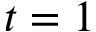
t = 1